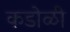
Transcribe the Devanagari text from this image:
कडोळी